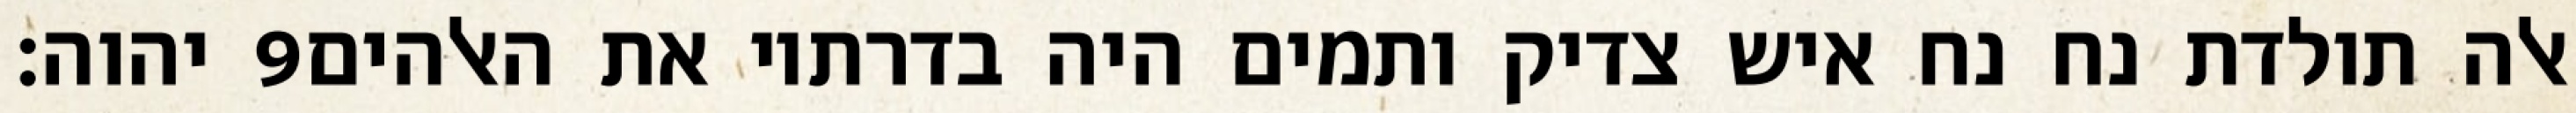
יהוה׃ ‎9‏ אלה תולדת נח נח איש צדיק ותמים היה בדרתיו את האלהים